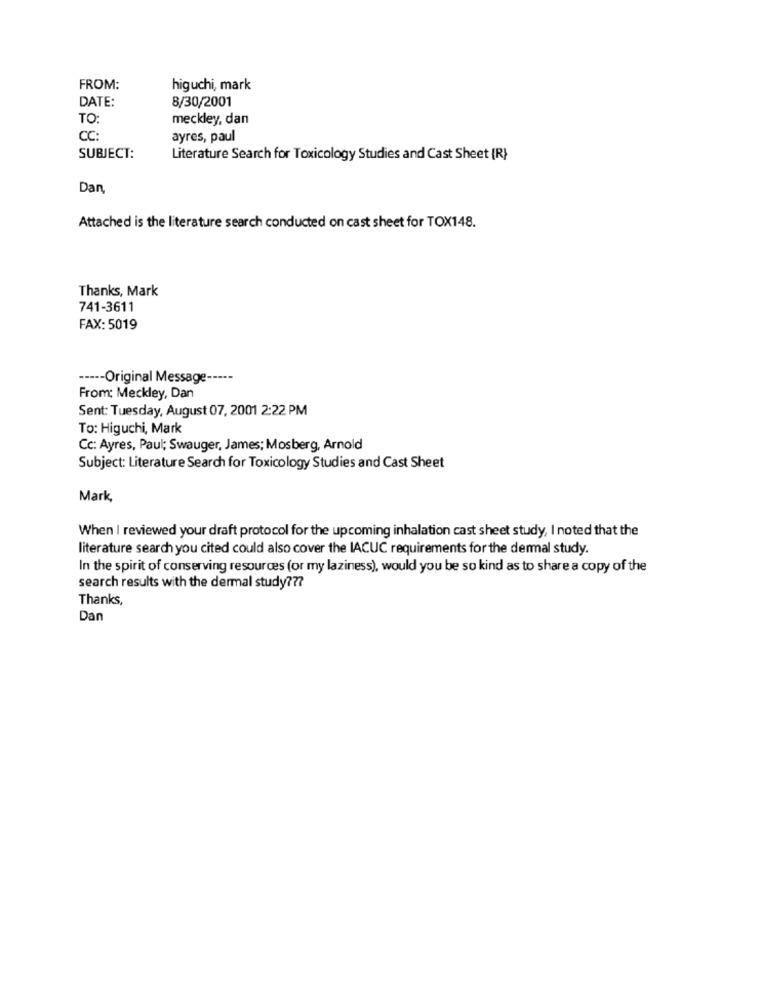
FROM:
higuchi, mark
DATE:
8/30/2001
TO:
meckley, dan
CC:
ayres, paul
SUBJECT:
Literature Search for Toxicology Studies and Cast Sheet {R}
Dan
Attached is the literature search conducted on cast sheet for TOX148.
Thanks, Mark
741-3611
FAX: 5019
----- Original Message -----
From: Meckley, Dan
Sent: Tuesday, August 07, 2001 2:22 PM
To: Higuchi, Mark
Cc: Ayres, Paul; Swauger, James; Mosberg, Arnold
Subject: Literature Search for Toxicology Studies and Cast Sheet
Mark,
When I reviewed your draft protocol for the upcoming inhalation cast sheet study, I noted that the
literature search you cited could also cover the IACUC requirements for the dermal study.
In the spirit of conserving resources (or my laziness), would you be so kind as to share a copy of the
search results with the dermal study ???
Thanks,
Dan